Report of the Hyderabad Chloroform Commission
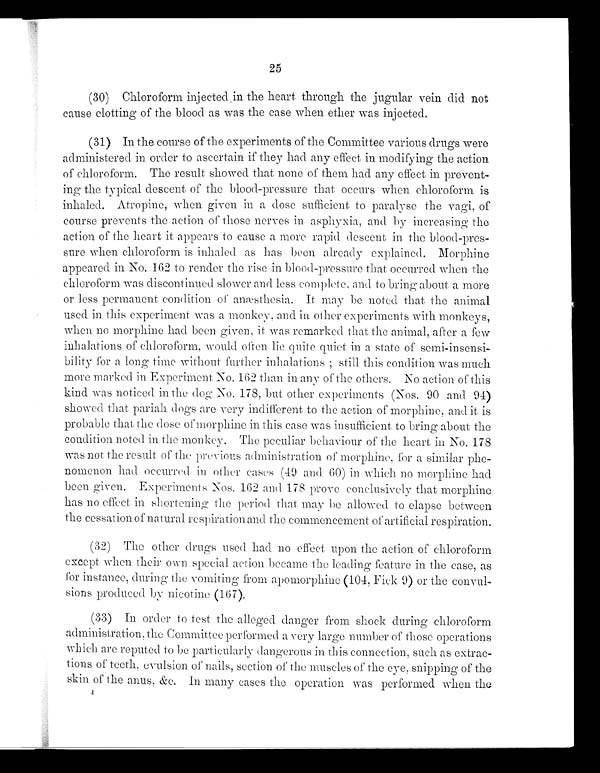
25
(30) Chloroform injected in the heart through the jugular vein did not
cause clotting of the blood as was the case when ether was injected
.
(31)
In the course of the experiments of the Committee various drugs were
administered in order to ascertain if they had any effect in modifying the action
of chloroform. The result showed that none of them had any effect in prevent
ing the typical descent of the blood-pressure that occurs when chloroform is
inhaled. Atropine, when given in a dose sufficient to paralyse the vagi, of
course prevents the action of those nerves in asphyxia, and by increasing the
action of the heart it appears to cause a more rapid descent in the blood-pres
sure when chloroform is inhaled as has been already explained. Morphine
appeared in No. 162 to render the rise in blood-pressure that occurred when the
chloroform was discontinued slower and less complete, and to bring about a more
or less permanent condition of anæsthesia. It may be noted that the animal
used in this experiment was a monkey, and in other experiments with monkeys,
when no morphine had been given, it was remarked that the animal., after a few
inhalations of chloroform, would often lie quite quiet in a state of semi-insensi
bility for a long time without further inhalations; still this condition was much
more marked in Experiment No. 162 than in any of the others. No action of this
kind was noticed in the dog No. 178, but other experiments (Nos. 90 and 94)
showed that pariah dogs are very indifferent to the action of morphine, and it is
probable that the dose of morphine in this case was insufficient to bring about the
condition noted in the monkey. The peculiar behaviour of the heart in No. 178
was not the result of the previous administration of morphine, for a similar phe
nomenon had occurred in other cases (49 and 60) in which no morphine had
been given. Experiments Nos. 162 and 178 prove conclusively that morphine
has no effect in shortening the period that may be allowed to elapse between
the cessation of natural respiration and the commencement of artificial respiration.
(32) The other drugs used had no effect upon the action of chloroform
except when their own special. action became the leading feature in the case, as
for instance, during the vomiting from apomorphine (104, Fick 9) or the convul
sions produced by nicotine (167).
(33) In order to test the alleged danger from shock during chloroform
administration, the Committee performed a very large number of those operations
which are reputed to be particularly dangerous in this connection, such as extrac
tions of teeth, evulsion of nails, section of the muscles of the eye, snipping of the
s ki n of t he anus . &amp; c. I n many cas es t he oper at i on was per f or med when t he
4